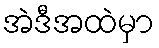
အဲဒီအထဲမှာ